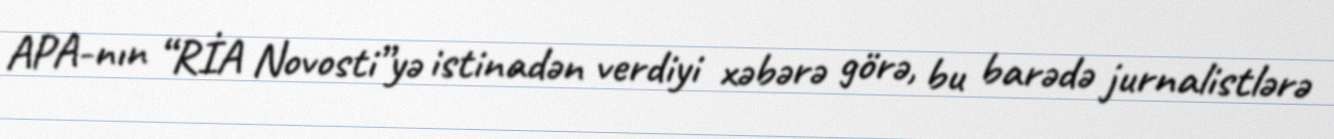
APA-nın “RİA Novosti”yə istinadən verdiyi xəbərə görə, bu barədə jurnalistlərə